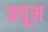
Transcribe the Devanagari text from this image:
क्यूम